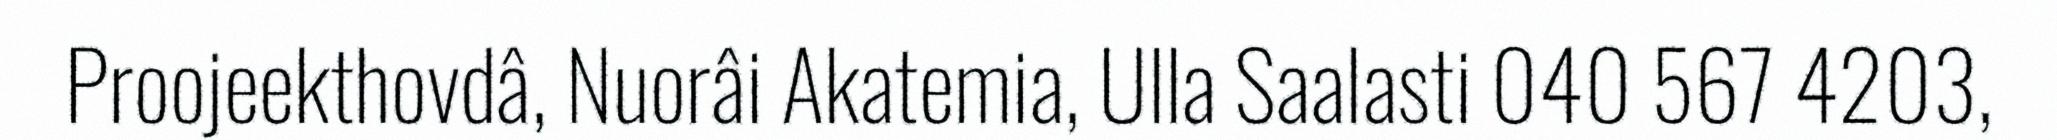
Proojeekthovdâ, Nuorâi Akatemia, Ulla Saalasti 040 567 4203,